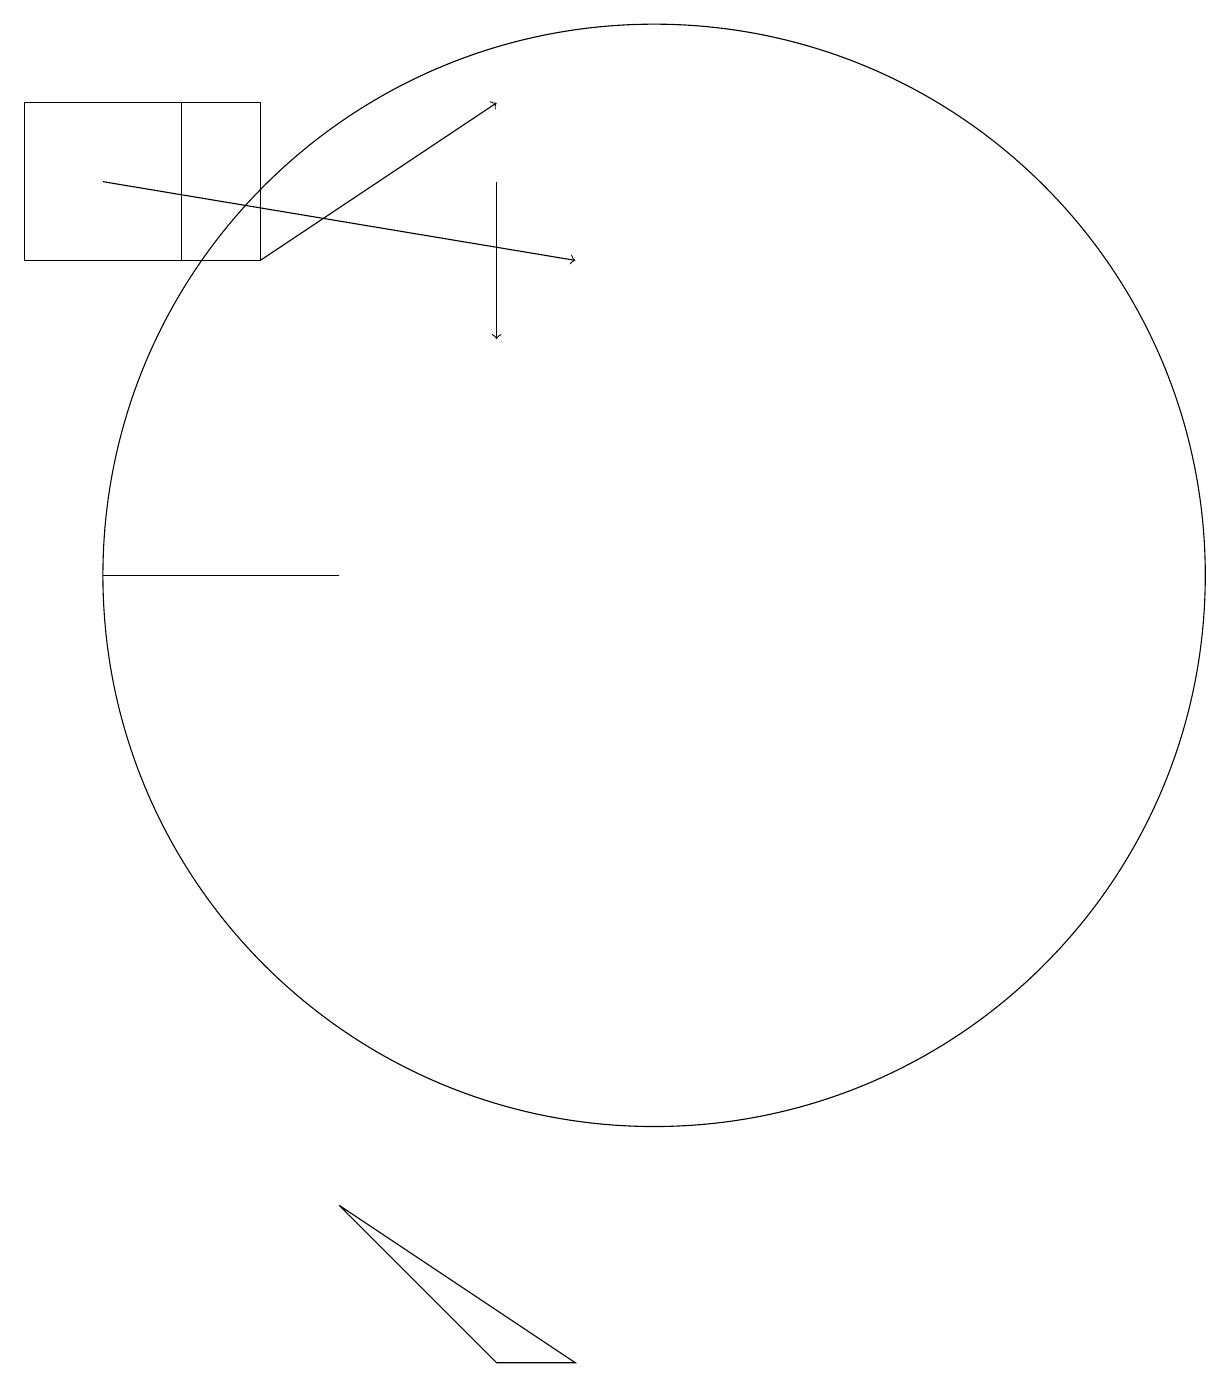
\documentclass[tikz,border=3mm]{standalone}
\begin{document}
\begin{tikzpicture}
\draw (3,12) rectangle (6,12);
\draw (4,16) rectangle (5,18);
\draw[->] (3,17) -- (9,16);
\draw[->] (5,16) -- (8,18);
\draw (4,18) rectangle (2,16);
\draw (10,12) circle (7);
\draw (6,4) -- (8,2) -- (9,2) -- cycle;
\draw[->] (8,17) -- (8,15);
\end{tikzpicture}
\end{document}